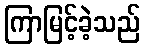
ကြာမြင့်ခဲ့သည်